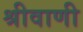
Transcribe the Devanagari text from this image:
श्रीवाणी